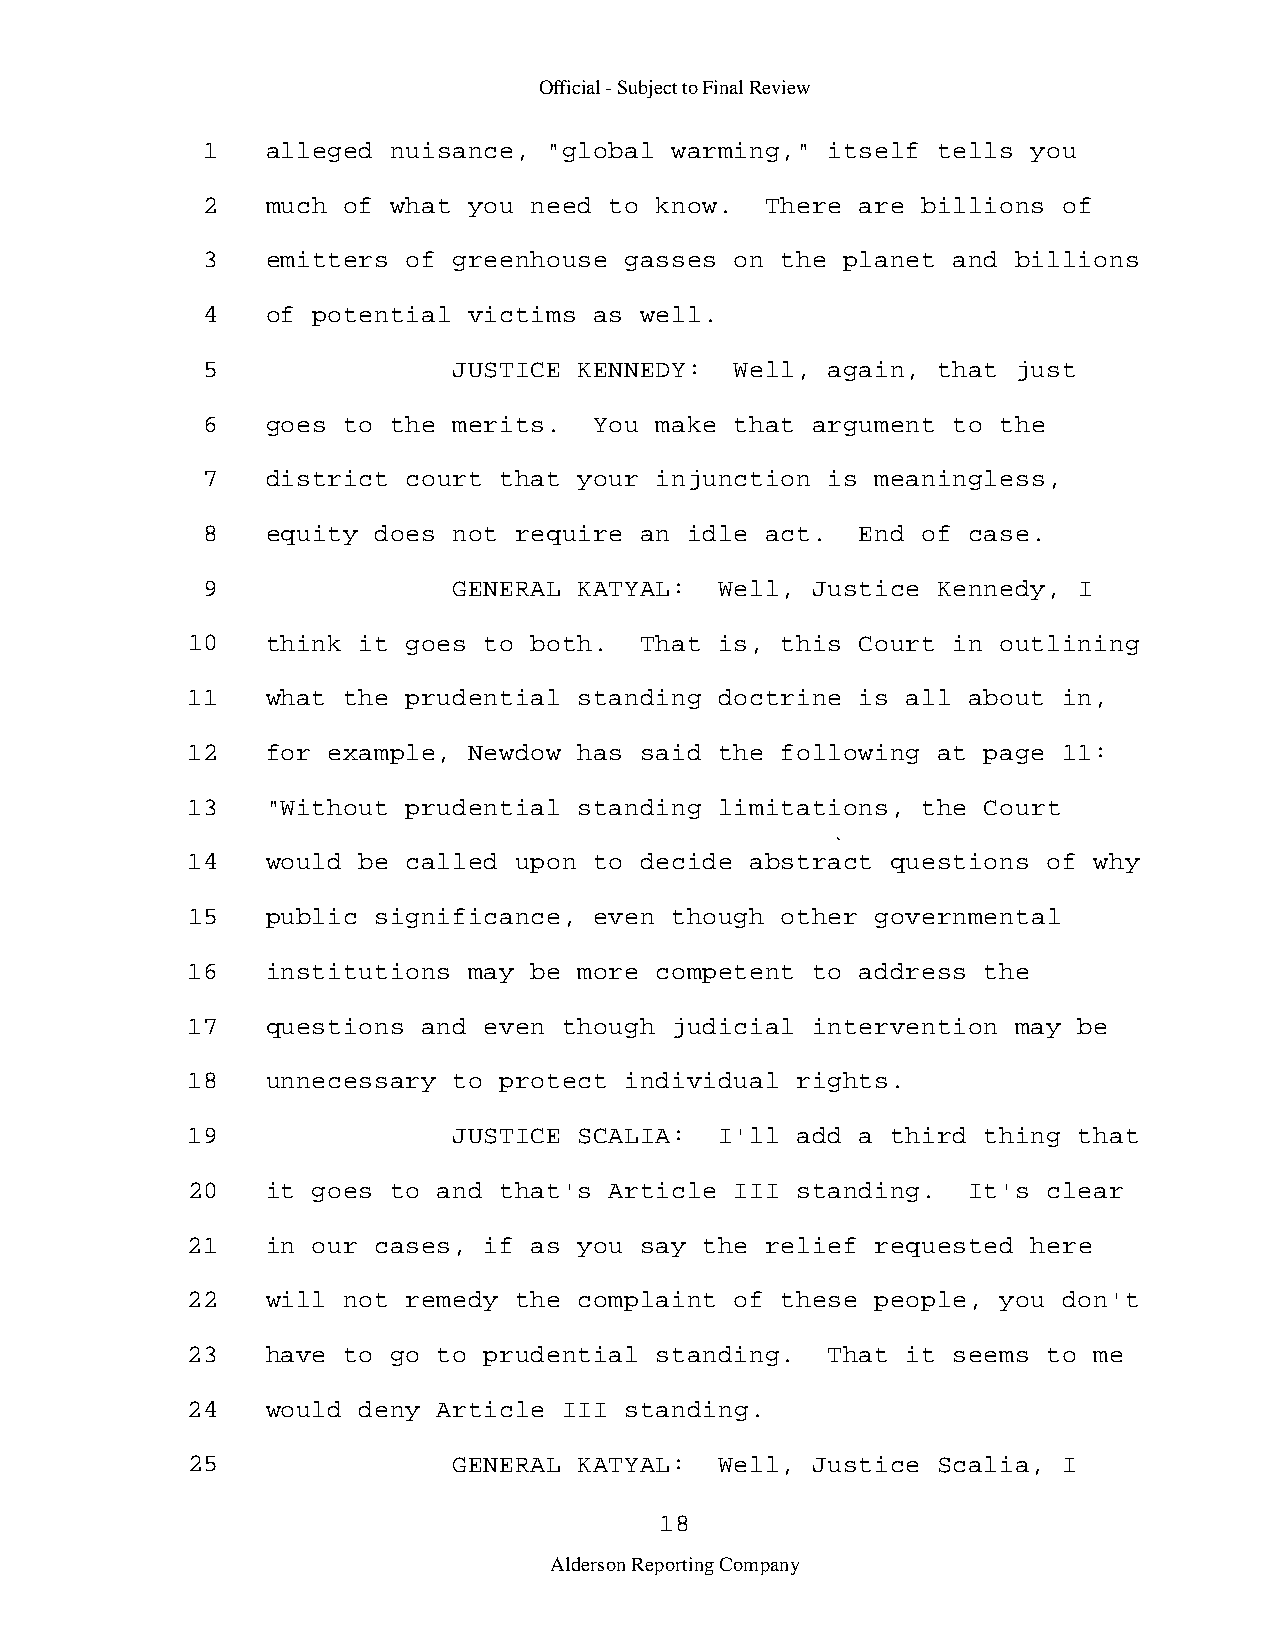
Official - Subject to Final Review
 1    alleged nuisance, "global warming,"  itself tells you
 2    much of what you need to know.   There are billions of
 3    emitters of greenhouse gasses  on the planet and billions
 4    of potential victims as well.
 5                JUSTICE KENNEDY:   Well, again, that just
 6    goes to the merits.  You make  that argument to the
 7    district court that your injunction  is meaningless,
 8    equity does not require an  idle act.  End of case.
 9                GENERAL KATYAL:   Well, Justice Kennedy, I
 10    think it goes to both.  That  is, this Court in outlining
 11    what the prudential standing  doctrine is all about in,
 12    for example, Newdow has said  the following at page 11:
 13    "Without prudential standing  limitations, the Court
 14    would be called upon to decide  abstract questions of why
 15    public significance, even though  other governmental
 16    institutions may be more competent  to address the
 17    questions and even though judicial  intervention may be
 18    unnecessary to protect individual  rights.
 19                JUSTICE SCALIA:   I'll add a third thing that
 20    it goes to and that's Article  III standing.  It's clear
 21    in our cases, if as you say  the relief requested here
 22    will not remedy the complaint  of these people, you don't
 23    have to go to prudential standing.   That it seems to me
 24    would deny Article III standing.
 25                GENERAL KATYAL:   Well, Justice Scalia, I
 18
 Alderson Reporting Company